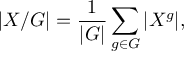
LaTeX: | X / G | = { \frac { 1 } { | G | } } \sum _ { g \in G } | X ^ { g } | ,